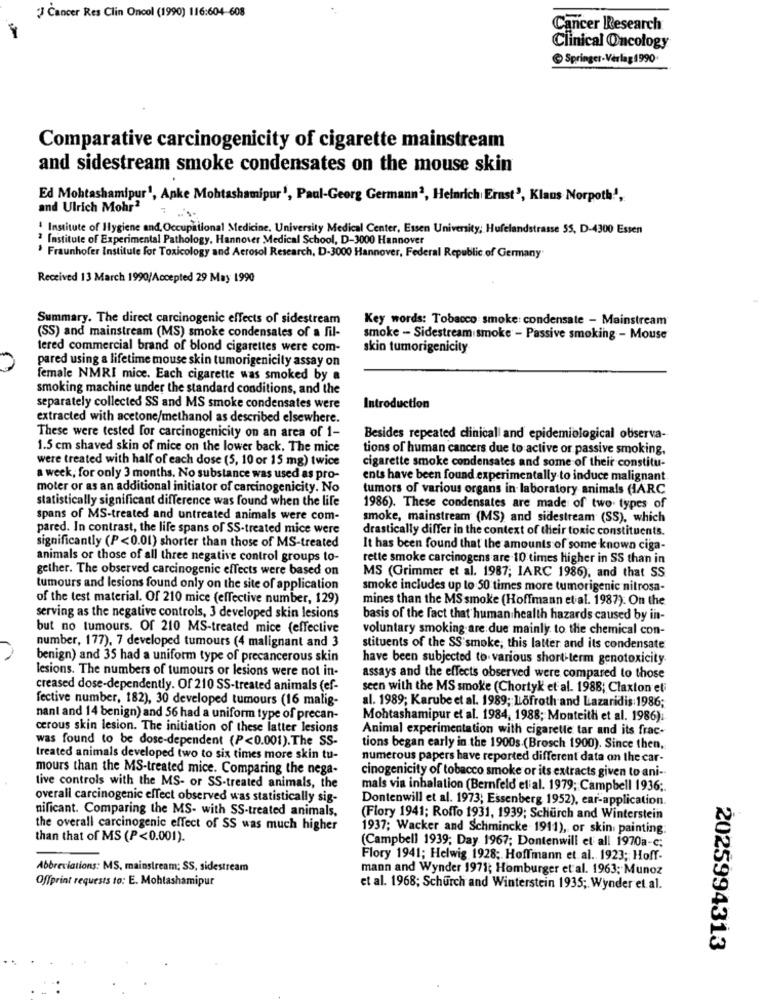
Cancer Res Clin Oncol (1990) 116:604-608
Cancer Research
Clinical Oncology
& Springer-Verlag 1990.
Comparative carcinogenicity of cigarette mainstream
and sidestream smoke condensates on the mouse skin
Ed Mohtashamipur1, Anke
ohtashamipur', Paul-Georg Germann2, Heinrich Ernst', Klaus Norpoth',
and Ulrich Mohr2
' Institute of Hygiene and, Occupational Medicine, University Medical Center, Essen University; Hufelandstrasse 55, D-4300 Essen
2 Institute of Experimental Pathology, Hannover Medical School, D-3000 Hannover
Fraunhofer Institute for Toxicology and Aerosol Research, D-3000 Hannover, Federal Republic of Germany
Received 13 March 1990/Accepted 29 May 1990
Summary. The direct carcinogenic effects of sidestream
Key words: Tobacco smoke: condensate - Mainstream
(SS) and mainstream (MS) smoke condensales of a fil-
smoke - Sidestream smoke - Passive smoking - Mouse
tered commercial brand of blond cigarettes were com-
skin tumorigenicity
pared using a lifetime mouse skin tumorigenicily assay on
female NMRI mice. Each cigarette was smoked by a
smoking machine under the standard conditions, and the
separately collected SS and MS smoke condensates were
Introduction
extracted with acetone/methanol as described elsewhere.
These were tested for carcinogenicity on an area of 1-
Besides repeated clinical and epidemiological observa-
1.5 cm shaved skin of mice on the lower back. The mice
tions of human cancers due to active or passive smoking.
were treated with half of each dose (5, 10 or 15 mg) twice
cigarette smoke condensates and some of their constitu-
a week, for only 3 months. No substance was used as pro-
ents have been found experimentally to induce malignant.
moter or as an additional initiator of carcinogenicity. No
tumors of various organs in laboratory animals (IARC
statistically significant difference was found when the life
1986). These condensates are made of two types of
spans of MS-treated and untreated animals were com-
smoke, mainstream (MS) and sidestream (SS), which
pared. In contrast, the life spans of SS-treated mice were
drastically differ in the context of their toxic constituents.
significantly (P<0.01) shorter than those of MS-treated
It has been found that the amounts of some known ciga-
animals or those of all three negative control groups to-
tette smoke carcinogens are 10 times higher in SS than in
gether. The observed carcinogenic effects were based on
MS (Grimmer et al. 1987; IARC 1986), and that SS
tumours and lesions found only on the site of application
smoke includes up lo 50 times more tumorigenic nitrosa-
of the test material. Of 210 mice (effective number, 129)
mines than the MS smoke (Hoffmann et al. 1987). On the
serving as the negative controls, 3 developed skin lesions
basis of the fact that human health hazards caused by in-
but no tumours. Of 210 MS-treated mice (effective
voluntary smoking are due mainly to the chemical con-
number, 177), 7 developed tumours (4 malignant and 3
stituents of the SS'smoke, this latter and its condensate
benign) and 35 had a uniform type of precancerous skin
have been subjected to various short-term genotoxicity.
lesions. The numbers of tumours or lesions were not in-
assays and the effects observed were compared to those
creased dose-dependently. Of 210 SS-treated animals (ef-
seen with the MS smoke (Chortyk et al. 1988; Claxton et
fective number, 182), 30 developed tumours (16 malig-
al. 1989; Karube et al. 1989; Löfroth and Lazaridis:1986;
nanl and 14 benign) and 56 had a uniform type of precan-
Mohtashamipur et al. 1984, 1988; Monteith et al. 1986):
cerous skin lesion. The initiation of these latter lesions
Animal experimentation with cigarette tar and its frac-
was found to be dose-dependent (P<0.001). The SS-
tions began early in the 1900s.(Brosch 1900). Since then,
treated animals developed two to six times more skin tu-
numerous papers have reported different data on the car-
mours than the MS-treated mice. Comparing the nega-
cinogenicity of tobacco smoke or its extracts given to ani -.
tive controls with the MS- or SS-treated animals, the
mals via inhalation (Bernfeld elial. 1979; Campbell 1936 ;.
overall carcinogenic effect observed was statistically sig-
Dontenwill et al. 1973; Essenberg 1952), ear-application.
nificant. Comparing the MS- with SS-treated animals,
(Flory 1941; Roffo 1931, 1939; Schurch and Winterstein
the overall carcinogenic effect of SS was much higher
1937; Wacker and Schmincke 1911), or skin painting
than that of MS (P<0.001).
(Campbell 1939; Day 1967; Dontenwill et all 1970a-c;
Flory 1941; Helwig 1928; Hoffmann et al. 1923; Hoff-
Abbreviations: MS, mainstream; SS, sidestream
mann and Wynder 1971; Homburger et al. 1963; Munoz
Offprint requests to: E. Mohlashamipur
et al. 1968; Schurch and Winterstein 1935; Wynder et al.
2025994313